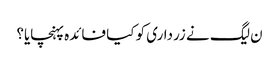
ن لیگ نے زرداری کو کیا فائدہ پہنچایا؟